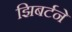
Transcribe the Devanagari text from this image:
झिबर्टने